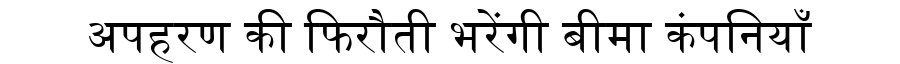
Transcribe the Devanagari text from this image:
अपहरण की फिरौती भरेंगी बीमा कंपनियाँ